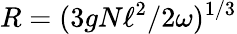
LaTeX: R=(3gN\ell^{2}/2\omega)^{1/3}